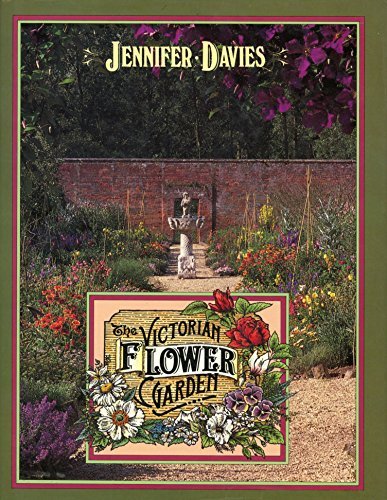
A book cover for The Victorian Flower Garden; Jennifer Davies; Crafts, Hobbies & Home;